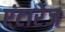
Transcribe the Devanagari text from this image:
एंटारेज